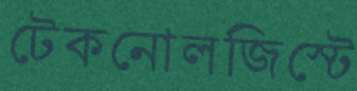
টেকনোলজিস্টে